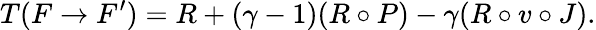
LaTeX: T(F\to F^{\prime})=R+(\gamma-1)(R\circ P)-\gamma(R\circ v\circ J).